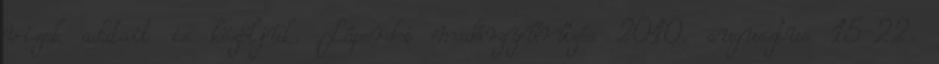
vizek adatait is közöljük. Láperdei madárgyűrűzés 2010. augusztus 15-22.